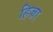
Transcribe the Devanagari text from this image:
हिज्रा